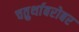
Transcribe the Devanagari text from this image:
चतुर्थाबरोबर